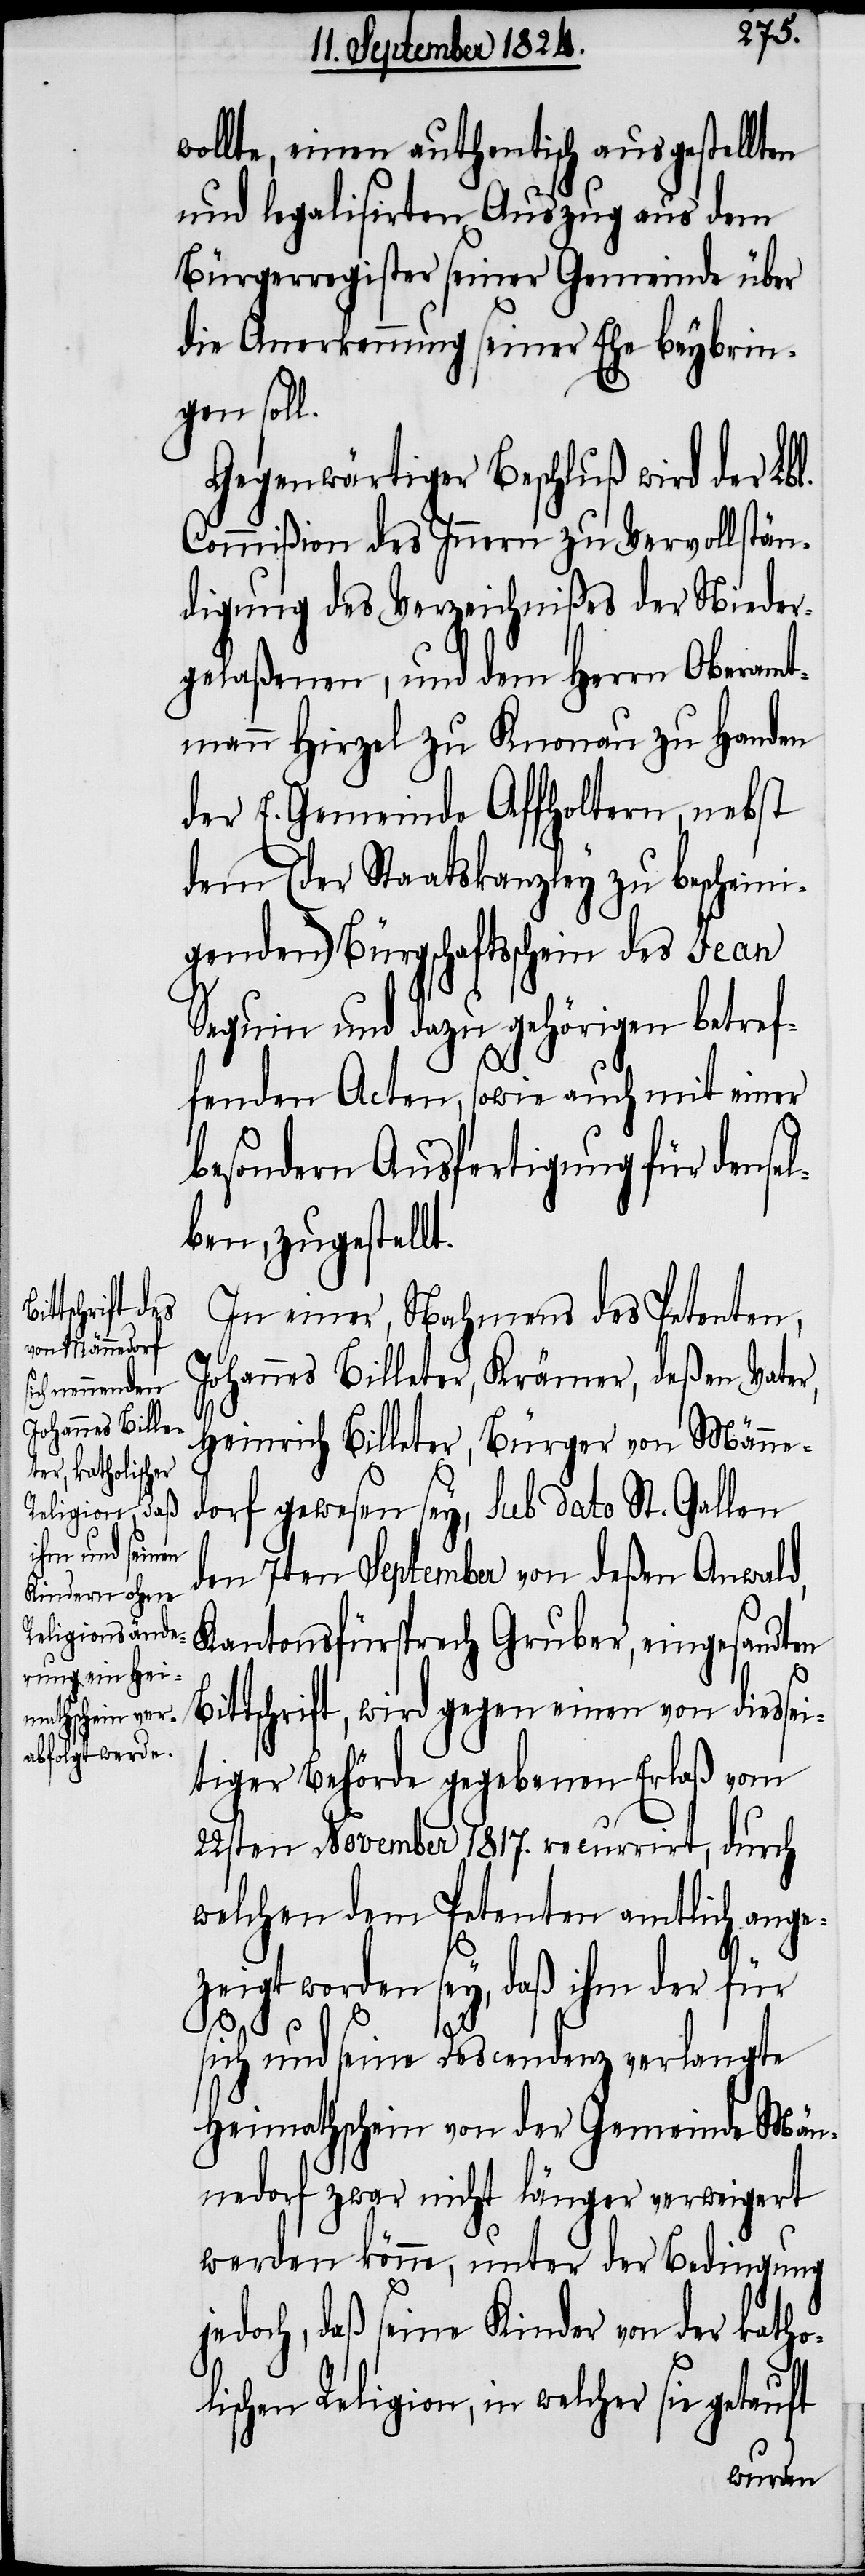
wollte, einen authentisch ausgestellten
und legalisirten Auszug aus dem
Bürgerregister seiner Gemeinde über
die Anerkennung seiner Ehe beybrin¬
gen soll.
Gegenwärtiger Beschluß wird der Lbl.
Commißion des Innern zu Vervollstän¬
digung des Verzeichnißes der Nieder¬
gelaßenen, und dem Herrn Oberamt¬
mann Hirzel zu Knonau zu Handen
der E. Gemeinde Affholtern, nebst
dem (der Staatskanzley zu bescheini¬
genden) Bürgschaftsschein des Jean
Sequin und dazu gehörigen betref¬
fenden Acten, sowie auch mit einer
besondern Ausfertigung für densel¬
ben, zugestellt.
In einer, Nahmens des Petenten,
Johannes Billeter, Krämer, deßen Vater,
Heinrich Billeter, Bürger von Männe¬
dorf gewesen sey, sub dato St. Gallen
den 7ten September von deßen Anwald,
Kantonsfürsprech Gruber, eingesandten
Bittschrift, wird gegen einen von diessei¬
tiger Behörde gegebenen Erlaß vom
22sten November 1817. recurrirt, durch
welchen dem Petenten amtlich ange¬
zeigt worden sey, daß ihm der für
sich und seine Descendenz verlangte
Heimathschein von der Gemeinde Män¬
nedorf zwar nicht länger verweigert
werden könne, unter der Bedingung
jedoch, das seine Kinder von der katho¬
lischen Religion, in welcher sie getauft